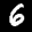
Label: 6